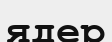
ядер